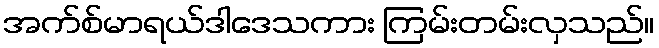
အက်စ်မာရယ်ဒါဒေသကား ကြမ်းတမ်းလှသည်။